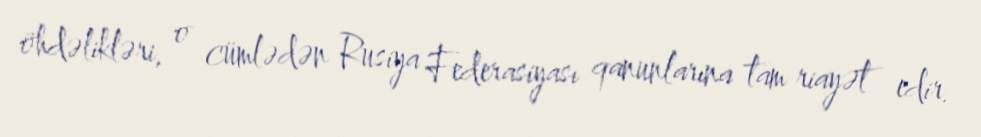
öhdəlikləri, o cümlədən Rusiya Federasiyası qanunlarına tam riayət edir.